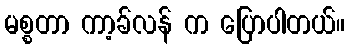
မစ္စတာ ကာ့ခ်လန် က ပြောပါတယ်။